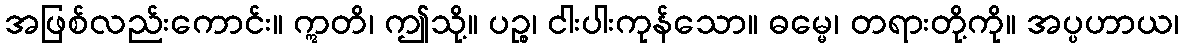
အဖြစ်လည်းကောင်း။ ဣတိ၊ ဤသို့။ ပဉ္စ၊ ငါးပါးကုန်သော။ ဓမ္မေ၊ တရားတို့ကို။ အပ္ပဟာယ၊